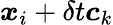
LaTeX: \boldsymbol{x}_{i}+\delta t\boldsymbol{c}_{k}